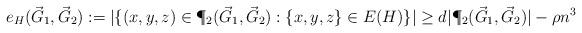
LaTeX: \begin{align*}e_H(\vec G_1, \vec G_2) & := |\{(x,y,z) \in \P_2(\vec G_1,\vec G_2): \{x,y,z\} \in E(H)\}| \geq d |\P_2(\vec G_1, \vec G_2)| - \rho n^3 \end{align*}